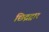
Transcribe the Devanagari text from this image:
छिद्रद्वार